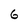
Character: 6